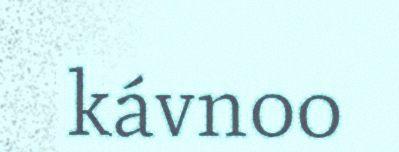
kávnoo